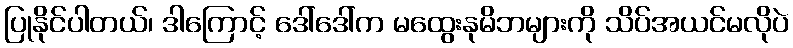
ပြုနိုင်ပါတယ်၊ ဒါကြောင့် ဒေါ်ဒေါ်က မထွေးနုမိဘများကို သိပ်အယင်မလိုပဲ